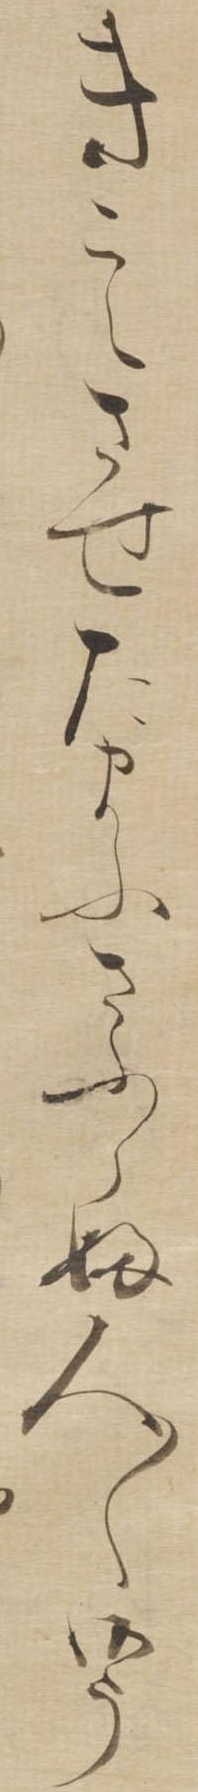
きこえさせたまふさふらふ人〱御う